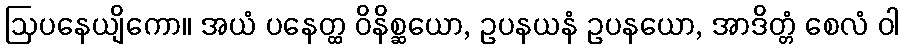
ဩပနေယျိကော။ အယံ ပနေတ္ထ ဝိနိစ္ဆယော, ဥပနယနံ ဥပနယော, အာဒိတ္တံ စေလံ ဝါ